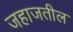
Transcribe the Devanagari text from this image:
जहाजतील